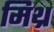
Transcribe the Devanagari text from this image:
मिथ्र